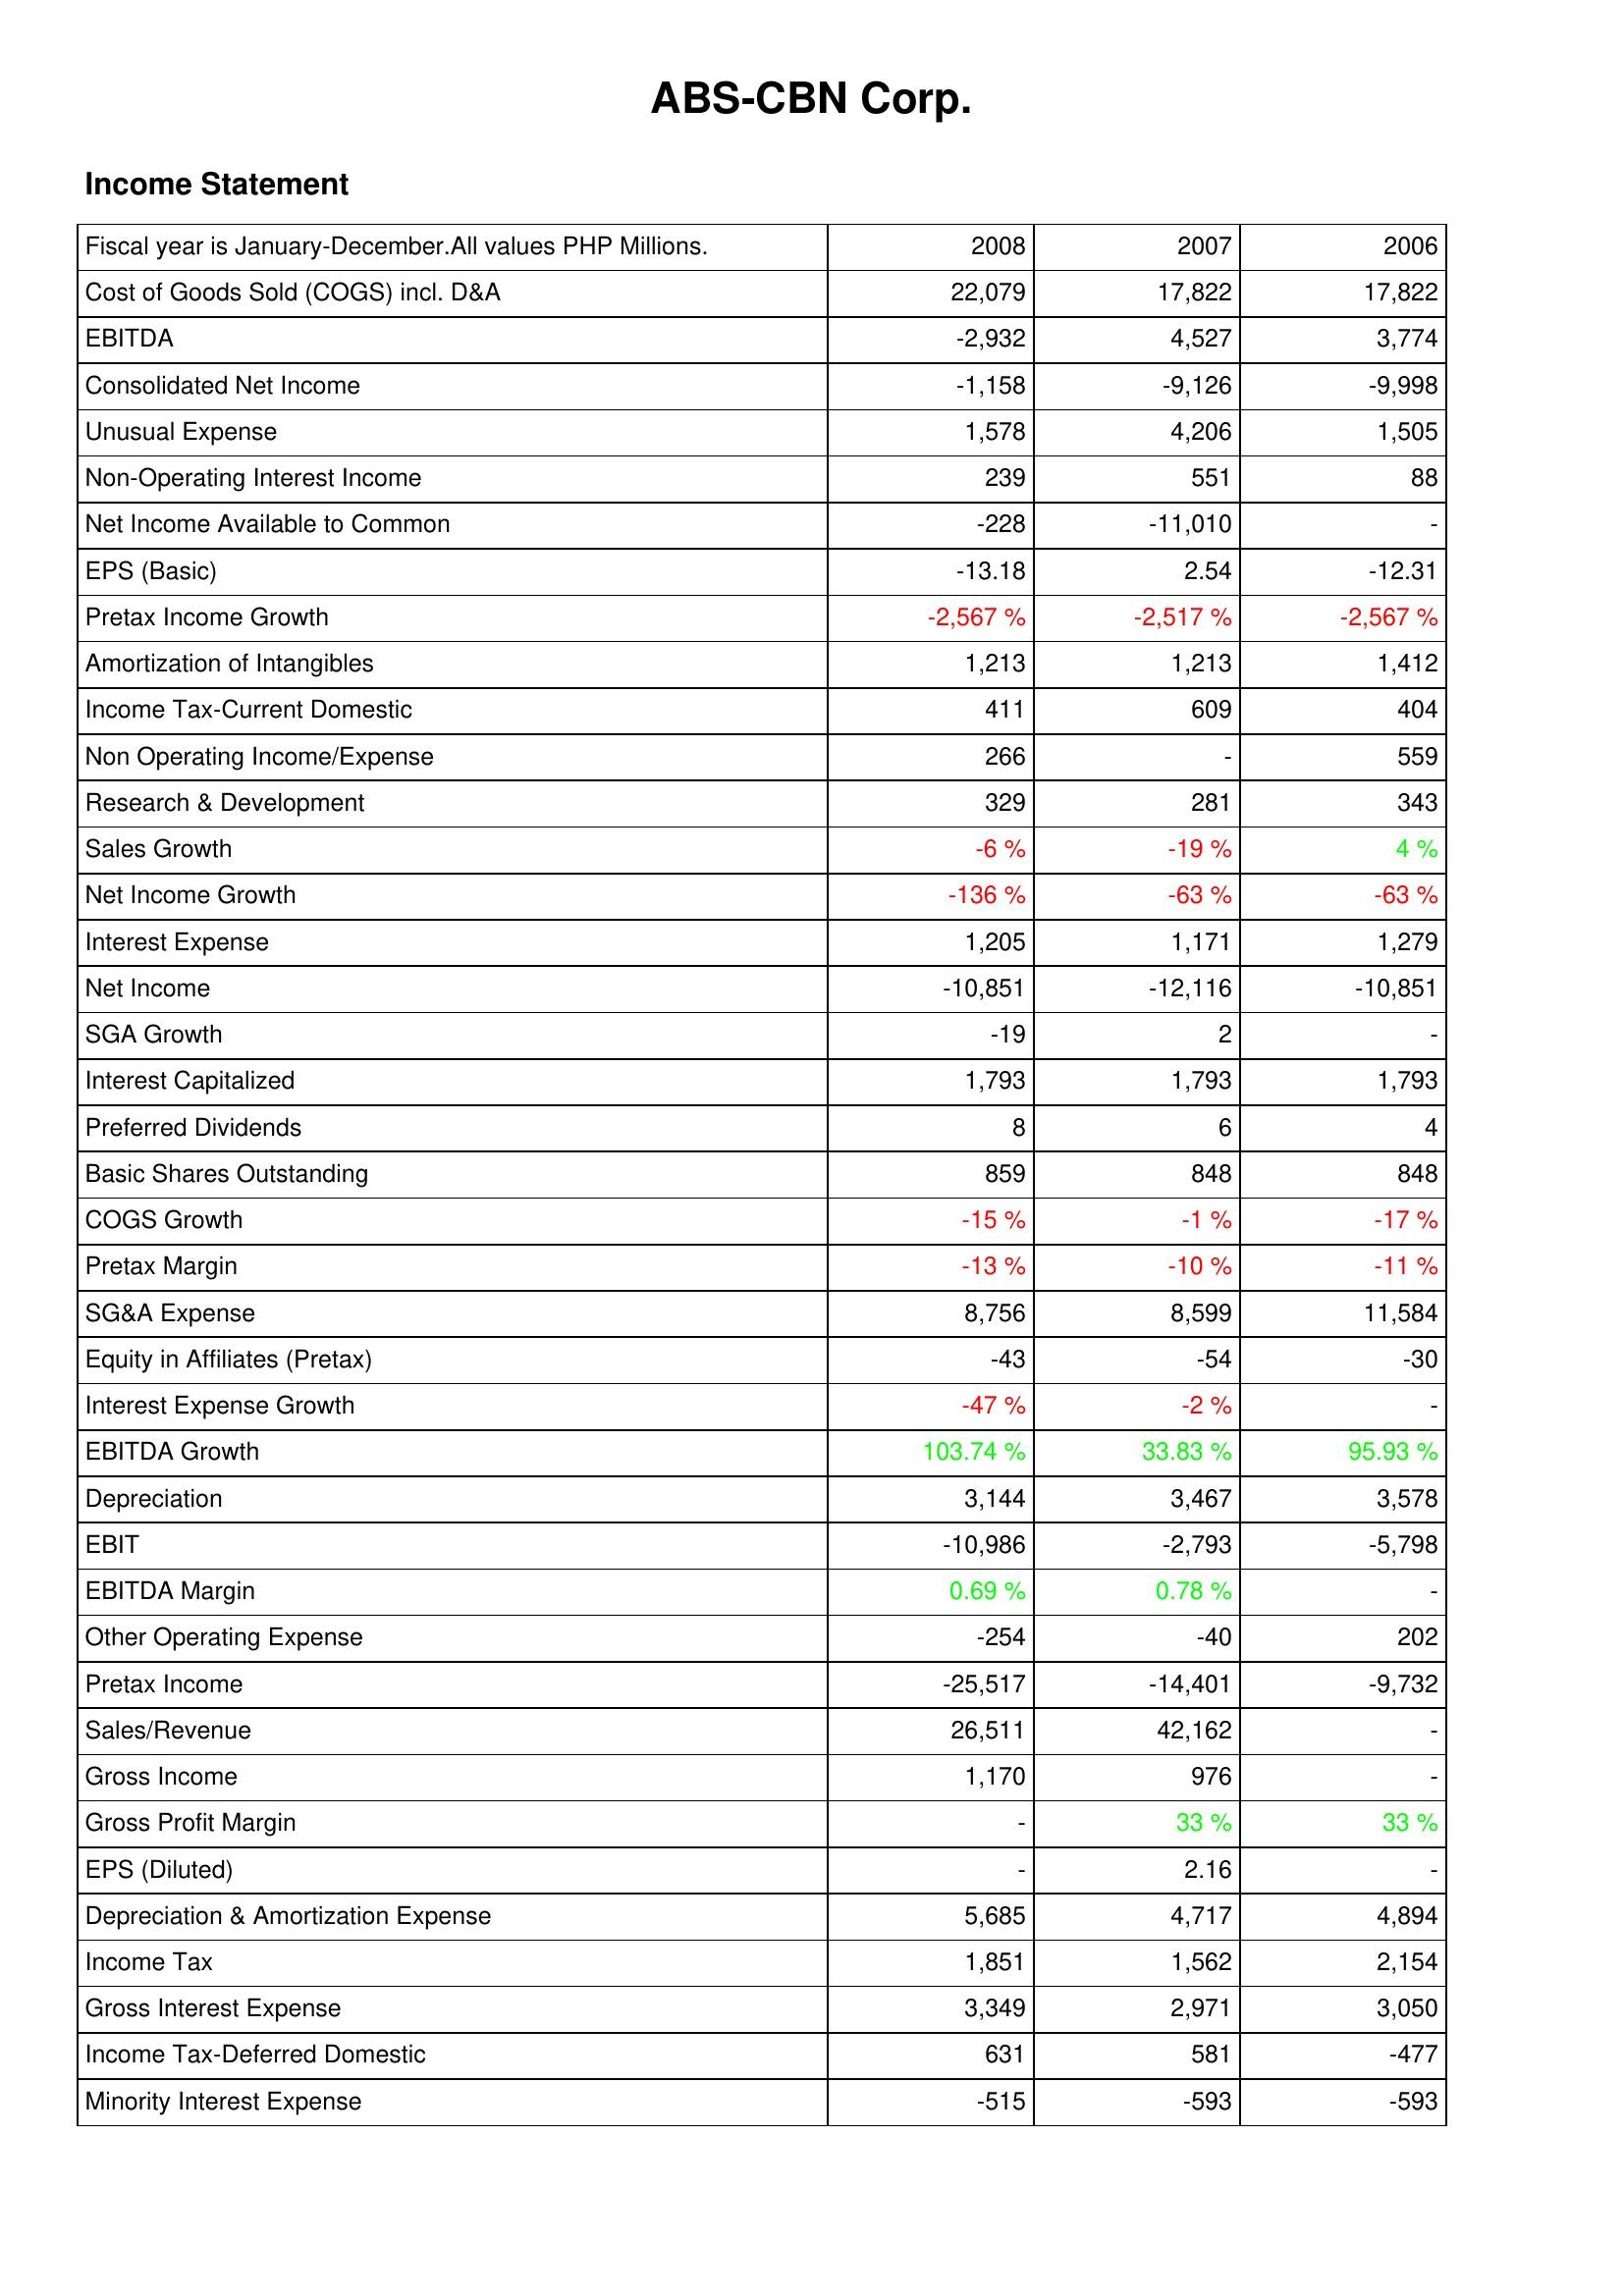
2008: Income Statement: Cost of Goods Sold (COGS) incl. D&A: 22,079
EBITDA: -2,932
Consolidated Net Income: -1,158
Unusual Expense: 1,578
Non-Operating Interest Income: 239
Net Income Available to Common: -228
EPS (Basic): -13.18
Pretax Income Growth: -2,567 %
Amortization of Intangibles: 1,213
Income Tax-Current Domestic: 411
Non Operating Income/Expense: 266
Research & Development: 329
Sales Growth: -6 %
Net Income Growth: -136 %
Interest Expense: 1,205
Net Income: -10,851
SGA Growth: -19
Interest Capitalized: 1,793
Preferred Dividends: 8
Basic Shares Outstanding: 859
COGS Growth: -15 %
Pretax Margin: -13 %
SG&A Expense: 8,756
Equity in Affiliates (Pretax): -43
Interest Expense Growth: -47 %
EBITDA Growth: 103.74 %
Depreciation: 3,144
EBIT: -10,986
EBITDA Margin: 0.69 %
Other Operating Expense: -254
Pretax Income: -25,517
Sales/Revenue: 26,511
Gross Income: 1,170
Gross Profit Margin: -
EPS (Diluted): -
Depreciation & Amortization Expense: 5,685
Income Tax: 1,851
Gross Interest Expense: 3,349
Income Tax-Deferred Domestic: 631
Minority Interest Expense: -515
2007: Income Statement: Cost of Goods Sold (COGS) incl. D&A: 17,822
EBITDA: 4,527
Consolidated Net Income: -9,126
Unusual Expense: 4,206
Non-Operating Interest Income: 551
Net Income Available to Common: -11,010
EPS (Basic): 2.54
Pretax Income Growth: -2,517 %
Amortization of Intangibles: 1,213
Income Tax-Current Domestic: 609
Non Operating Income/Expense: -
Research & Development: 281
Sales Growth: -19 %
Net Income Growth: -63 %
Interest Expense: 1,171
Net Income: -12,116
SGA Growth: 2
Interest Capitalized: 1,793
Preferred Dividends: 6
Basic Shares Outstanding: 848
COGS Growth: -1 %
Pretax Margin: -10 %
SG&A Expense: 8,599
Equity in Affiliates (Pretax): -54
Interest Expense Growth: -2 %
EBITDA Growth: 33.83 %
Depreciation: 3,467
EBIT: -2,793
EBITDA Margin: 0.78 %
Other Operating Expense: -40
Pretax Income: -14,401
Sales/Revenue: 42,162
Gross Income: 976
Gross Profit Margin: 33 %
EPS (Diluted): 2.16
Depreciation & Amortization Expense: 4,717
Income Tax: 1,562
Gross Interest Expense: 2,971
Income Tax-Deferred Domestic: 581
Minority Interest Expense: -593
2006: Income Statement: Cost of Goods Sold (COGS) incl. D&A: 17,822
EBITDA: 3,774
Consolidated Net Income: -9,998
Unusual Expense: 1,505
Non-Operating Interest Income: 88
Net Income Available to Common: -
EPS (Basic): -12.31
Pretax Income Growth: -2,567 %
Amortization of Intangibles: 1,412
Income Tax-Current Domestic: 404
Non Operating Income/Expense: 559
Research & Development: 343
Sales Growth: 4 %
Net Income Growth: -63 %
Interest Expense: 1,279
Net Income: -10,851
SGA Growth: -
Interest Capitalized: 1,793
Preferred Dividends: 4
Basic Shares Outstanding: 848
COGS Growth: -17 %
Pretax Margin: -11 %
SG&A Expense: 11,584
Equity in Affiliates (Pretax): -30
Interest Expense Growth: -
EBITDA Growth: 95.93 %
Depreciation: 3,578
EBIT: -5,798
EBITDA Margin: -
Other Operating Expense: 202
Pretax Income: -9,732
Sales/Revenue: -
Gross Income: -
Gross Profit Margin: 33 %
EPS (Diluted): -
Depreciation & Amortization Expense: 4,894
Income Tax: 2,154
Gross Interest Expense: 3,050
Income Tax-Deferred Domestic: -477
Minority Interest Expense: -593